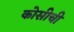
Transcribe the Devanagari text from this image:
कोसीची